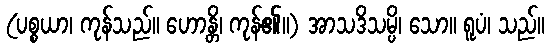
(ပစ္စယာ၊ ကုန်သည်။ ဟောန္တိ၊ ကုန်၏။) အာသဒိသမ္ပိ၊ သော။ ရူပံ၊ သည်။